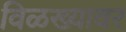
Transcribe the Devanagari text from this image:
विळख्यावर